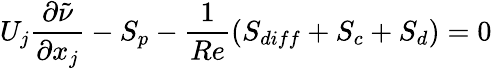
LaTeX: U_{j}\frac{\partial\tilde{\nu}}{\partial x_{j}}-S_{p}-\frac{1}{Re}(S_{diff}+S_{c}+S_{d})=0